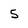
Character: 5